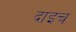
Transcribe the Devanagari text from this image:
दाइच